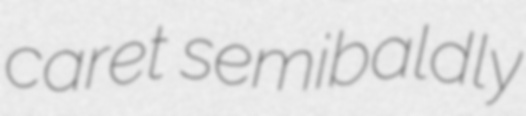
caret semibaldly